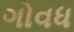
ગોવધ